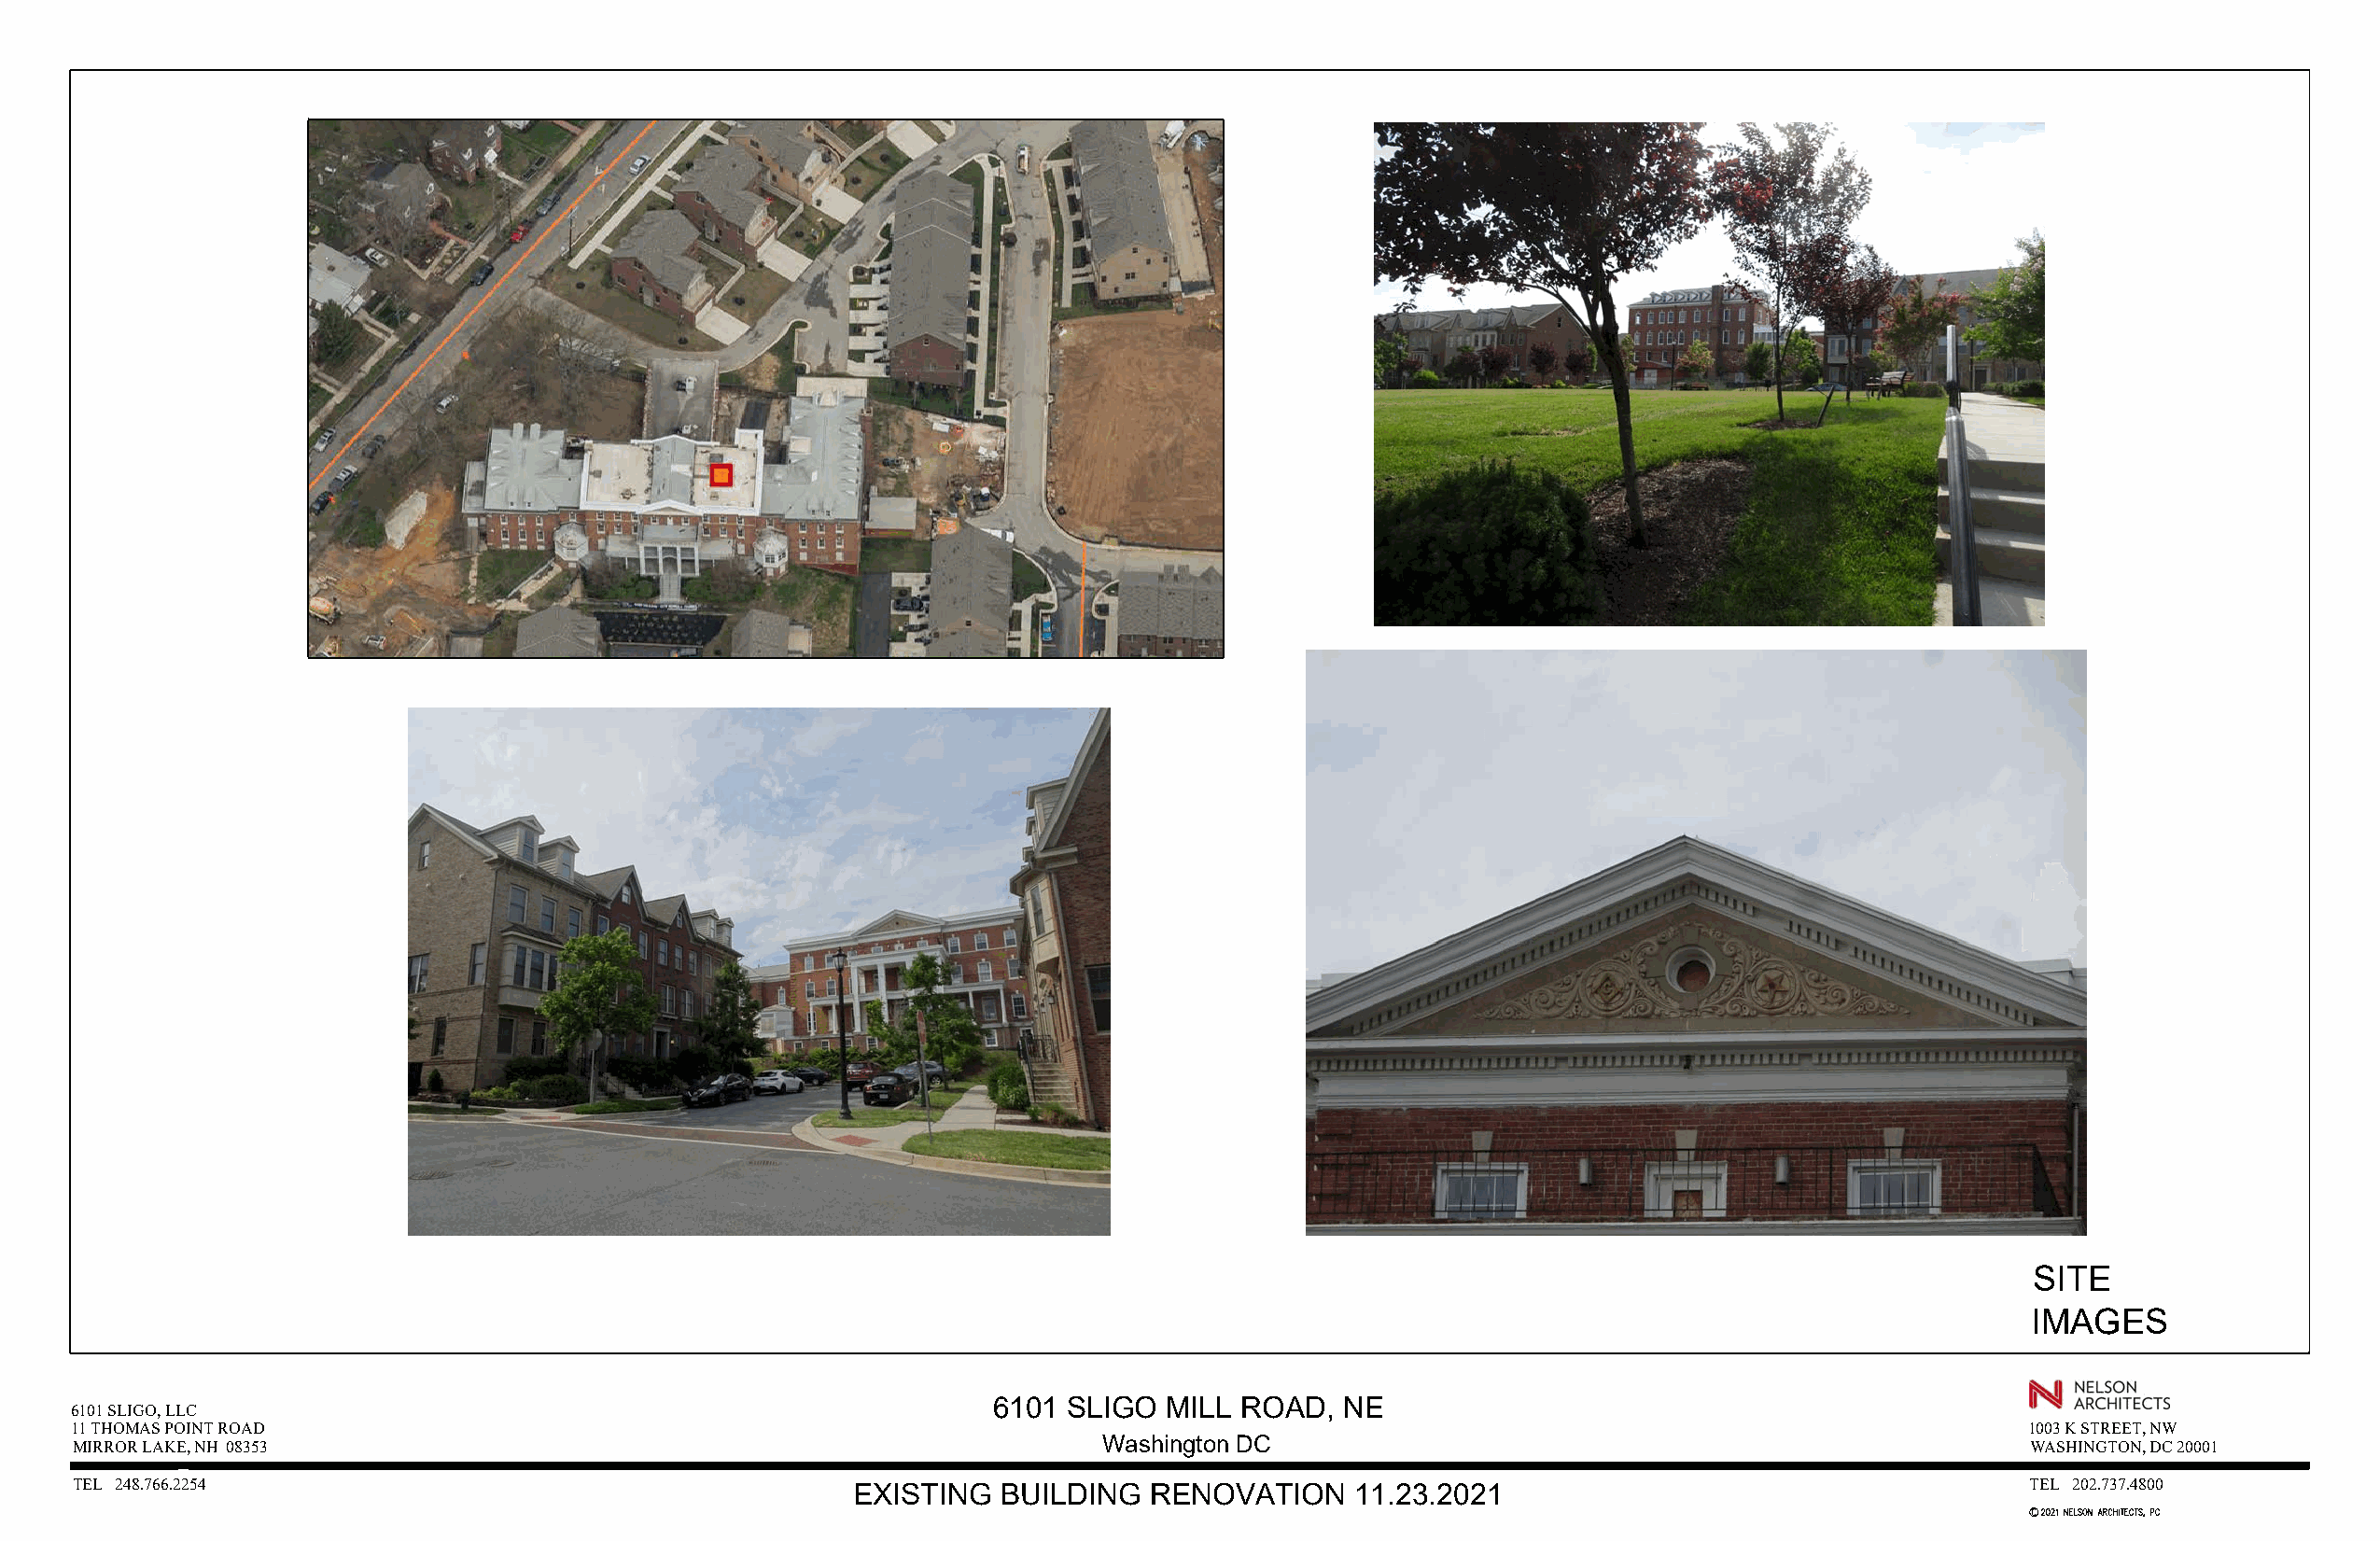
SITE
 IMAGES
 6101  SLIGO  MILL ROAD,  NE
 6101 SLIGO, LLC
 11 THOMAS POINT ROAD                                                                                                                       1003 K STREET, NW
 MIRROR LAKE, NH 08353                                                    Washington DC                                                     WASHINGTON, DC 20001
 TEL 248.766.2254                                       EXISTING   BUILDING   RENOVATION    11.23.2021                                      TEL 202.737.4800